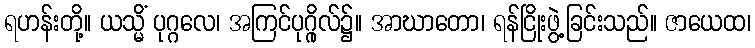
ရဟန်းတို့။ ယသ္မိံ ပုဂ္ဂလေ၊ အကြင်ပုဂ္ဂိုလ်၌။ အာဃာတော၊ ရန်ငြိုးဖွဲ့ခြင်းသည်။ ဇာယေထ၊